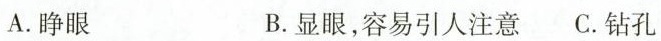
A.睁眼 B.显眼，容易引人注意 C.钻孔